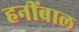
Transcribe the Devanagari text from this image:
हनींबाल